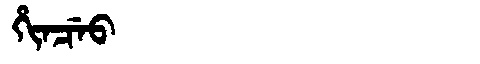
Manchu: ᡥᡳᠨᠴᡝᠣ
Romanization: HINCEO